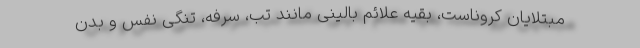
مبتلایان کروناست، بقیه علائم بالینی مانند تب، سرفه، تنگی نفس و بدن